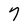
Character: 7